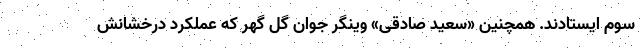
سوم ایستادند. همچنین «سعید صادقی» وینگر جوان گل گهر که عملکرد درخشانش